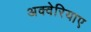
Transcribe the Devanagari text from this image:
अक्वेरियाए